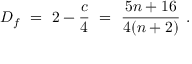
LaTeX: D _ { f } ~ = ~ 2 - { \frac { c } { 4 } } ~ = ~ { \frac { 5 n + 1 6 } { 4 ( n + 2 ) } } \ .